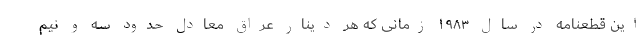
این قطعنامه در سال ۱۹۸۳ زمانی که هر دینار عراق معادل حدود سه و نیم